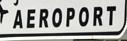
aeroport